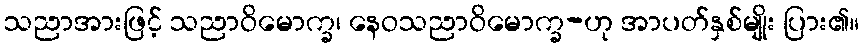
သညာအားဖြင့် သညာဝိမောက္ခ၊ နေဝသညာဝိမောက္ခ-ဟု အာပတ်နှစ်မျိုး ပြား၏။